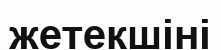
жетекшіні